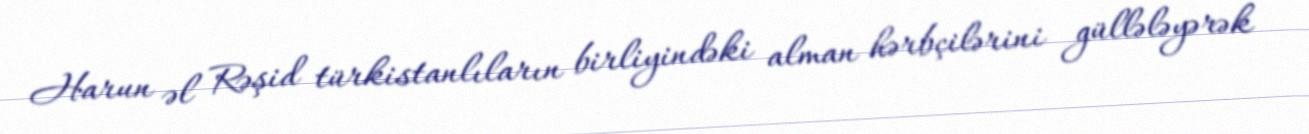
Harun əl Rəşid türkistanlıların birliyindəki alman hərbçilərini güllələyərək